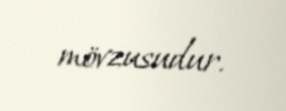
mövzusudur.